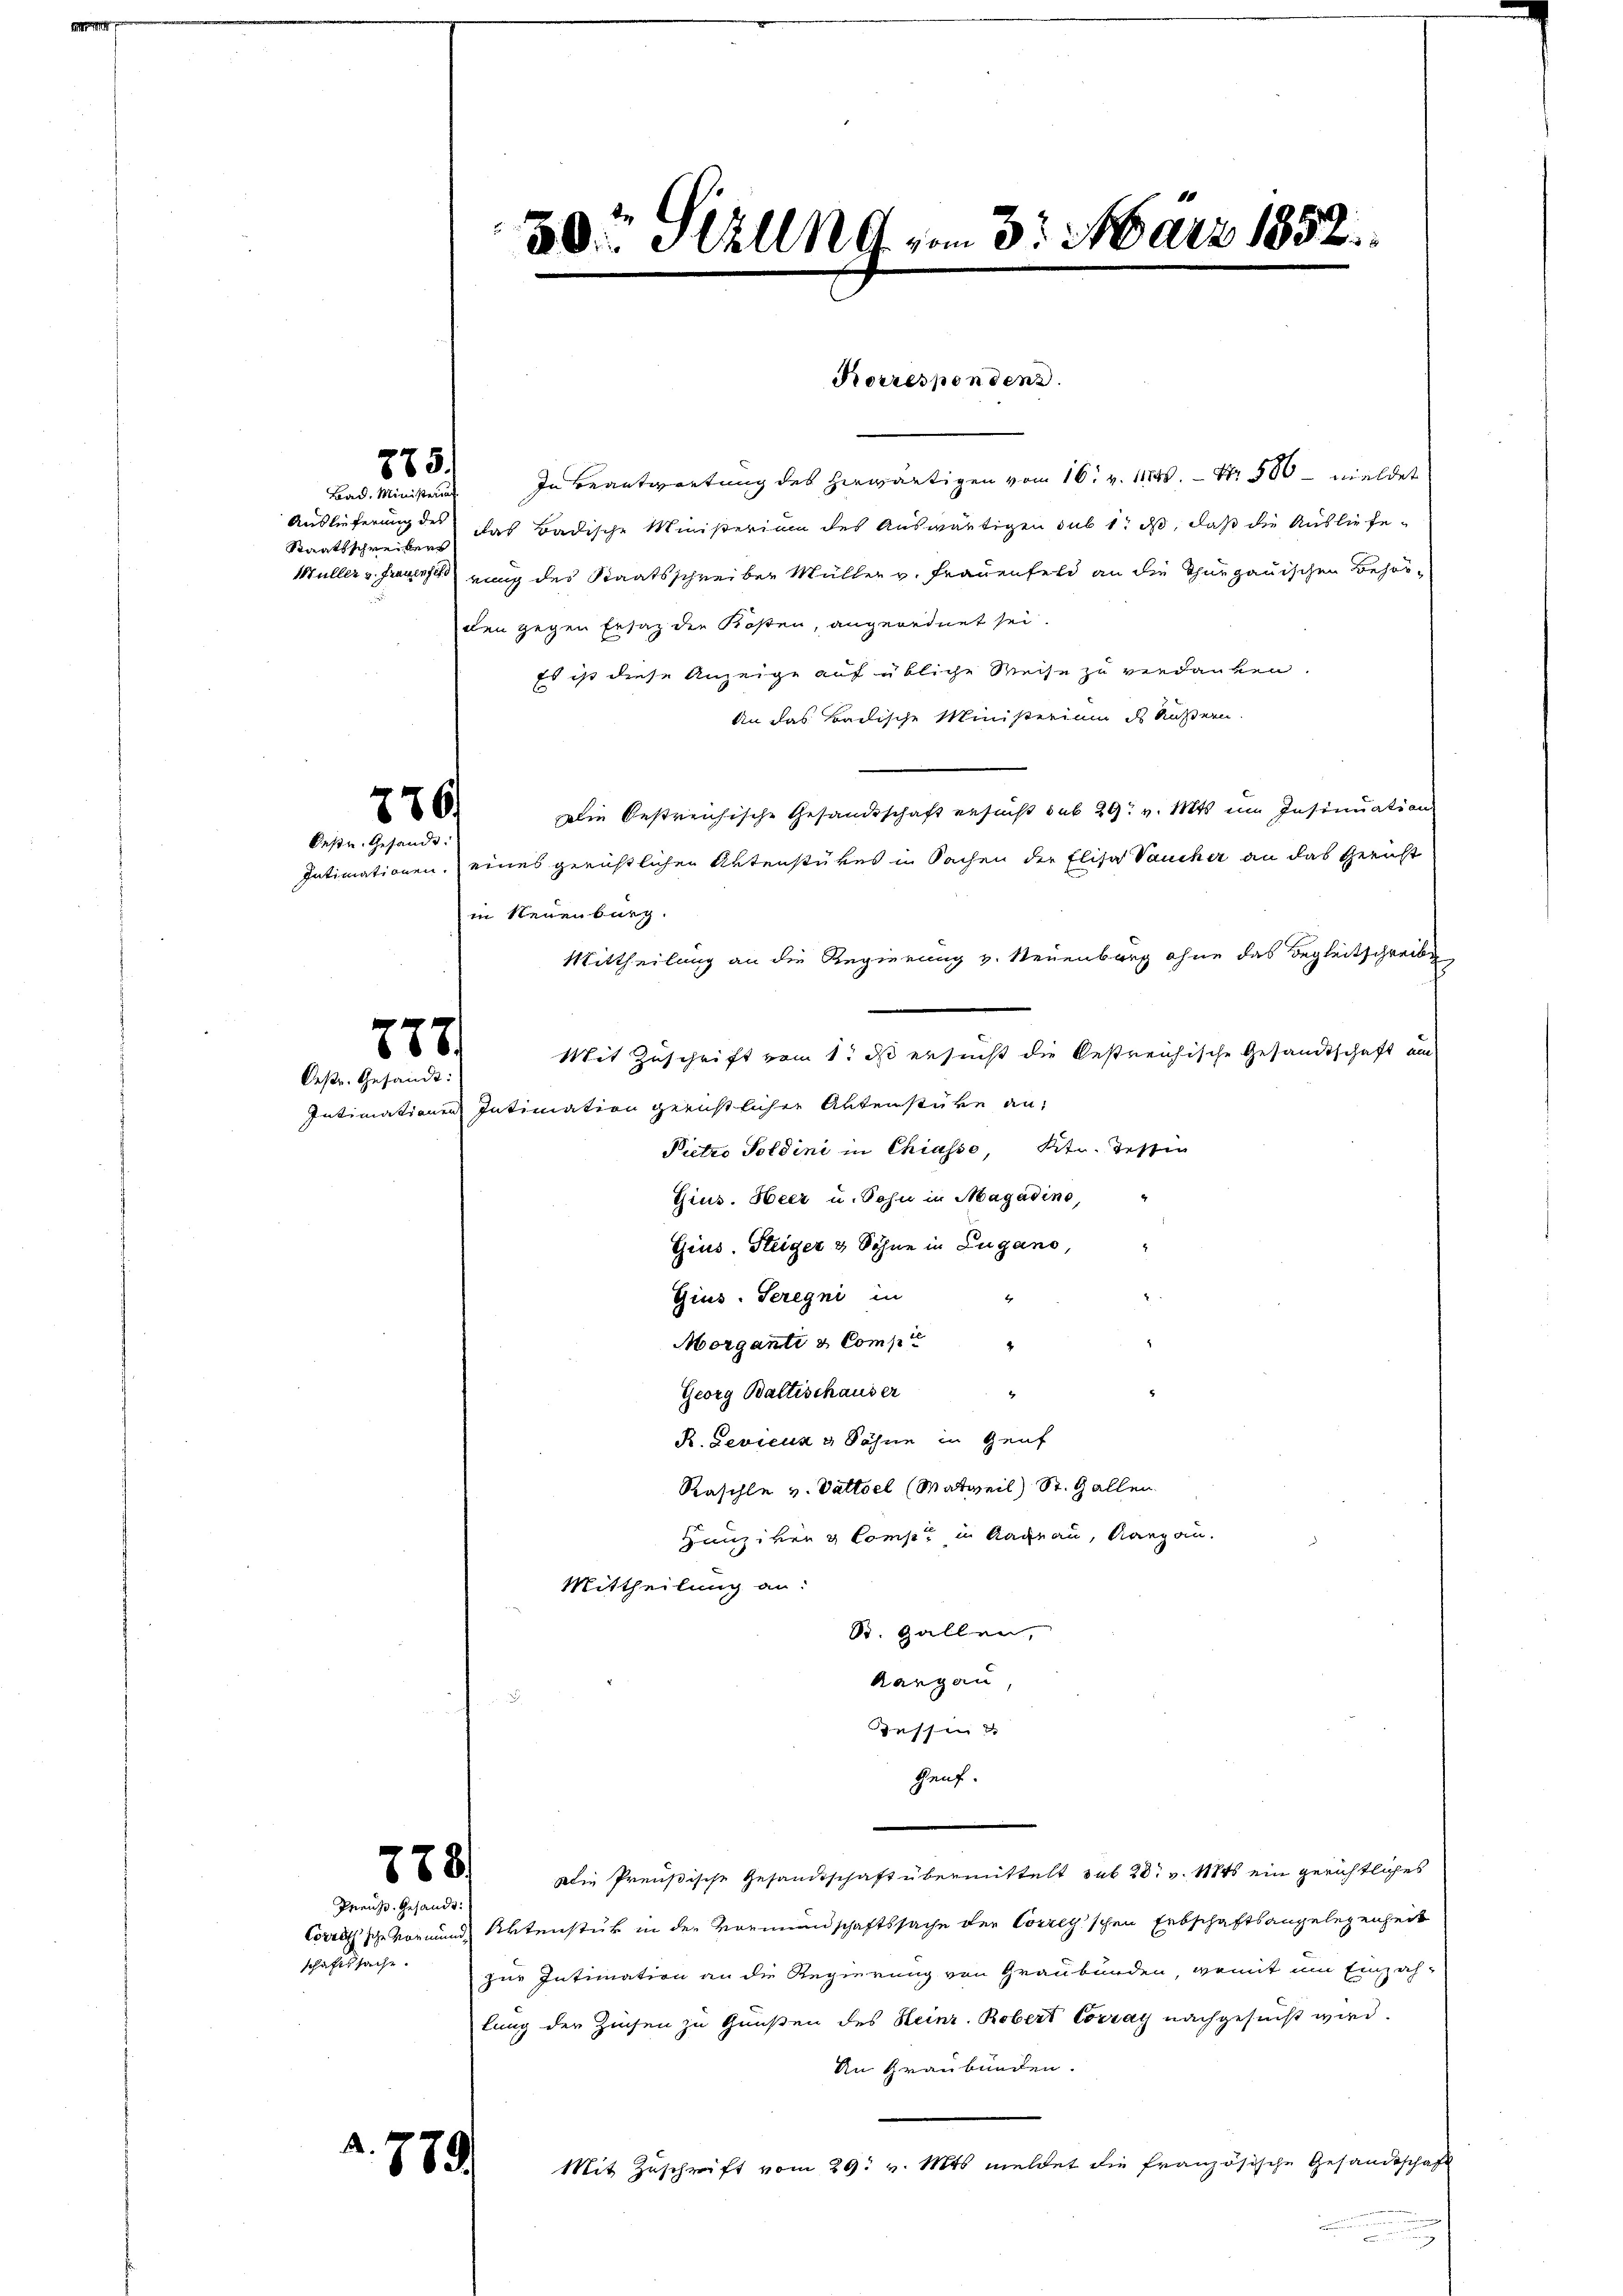
275)
Bad. Ministeri

Staatsschreibers

In Beantwortung des herwärtigen vom 16. v. 11845, Nr. 500 – meldet
Auslieferung des das Badische Ministerium des Auswärtigen sub 1. ds, daß die Ausliefe¬
Müller v. Frauenferung des Staatsschreiber Müller v. Frauenfeld an die Thurgauischen Behörden gegen Ersatz die Kosten, angeordnet sei.
Es ist diese Anzeige auf übliche Weise zu verdanken.
An das Badische Ministerium des Äußern.
Die bestreichische Gesandtschaft ersucht sub 29. v. Mts. im Insinuation
Intimationen, eines gerichtlichen Aktenstükes in Sachen der Elisa Vaucher an das Gericht
in Neuenburg.
Mittheilung an die Regierung v. Neuenburg ohne das Begleitschreibe
Mit Zuschrift vom 1. ds ersucht die bestreichische Gesandtschaft am
Intimationen Intimation gerichtlicher Aktenstüke an:
Pietro Poldini in Chiasso, Ktn. Tessin
Gius. Heer u. Sohn in Magadino,
Gius. Steiger & Söhne in Zugano,
s
Gius. Seregni in
Morgante & Compt
Georg Baltischauser
4
R.Sevicus & Söhne in Genf
Kaschle v. Vattsel (Matweil) St. Gallen
Hunziven Comp. in Ragnau, Aargau.
Mittheilung an:
St. Gallen,
Kangau
dessen 3.
Genf.
Die Preußische Gesandtschaft übermittelt sub 28. v. Mts. ein gerichtliches
Corellsche Vormund Aktenstück in der Vormundschaftssache der Correy'schen Erbschaftsangelegenheit
zur Intimation an die Regierung von Graubünden, womit um Einzah-
lung der Zinsen zu Gunsten des Heinr. Robert Couray nachgesucht wird.
An Graubünden.
Mit Zuschrift vom 29. v. Mts. meldet die französische Gesandtschaft

776.
Wenigenden

778.
Oesr. Gesandt:

778

Preuß. Gesandt:
schaftssache.

2. 779.

50 Stzung vom 3. März 1852.

Rorresponden.